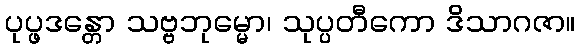
ပုပ္ဖဒန္တော သဗ္ဗဘုမ္မော၊ သုပ္ပတီကော ဒိသာဂဇာ။